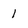
Character: 1